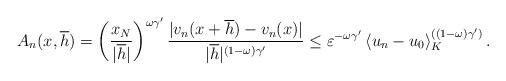
LaTeX: \begin{align*}A_{n}(x,\overline{h})=\left( \frac{x_{N}}{|\overline{h}|}\right)^{\omega\gamma^{\prime}}\frac{|v_{n}(x+\overline{h})-v_{n}(x)|}{|\overline{h}|^{(1-\omega)\gamma^{\prime}}}\leq\varepsilon^{-\omega\gamma^{\prime}}\left\langle u_{n}-u_{0}\right\rangle _{K}^{((1-\omega)\gamma^{\prime})}.\end{align*}